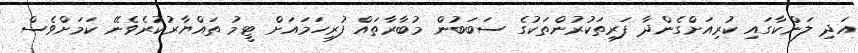
އަދި ލަންކާގައި ކުރިއަށްގެންދާ ފަރިތަކުރުންތަކުގެ ސަބަބުން މުބާރާތައް ފުރިހަމައަށް ޓީމު ތައްޔާރުކުރެވެނޭ ކަމަށްވެސް